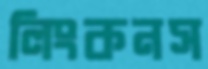
লিংকনস